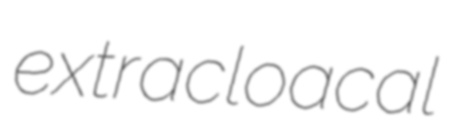
extracloacal